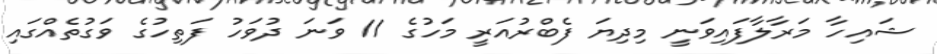
ޝައިހާ މަރާލާފައިވަނީ މިދިޔަ ފެބްރުއަރީ މަހުގެ 11 ވަނަ ދުވަހު ފަތިހުގެ ވަގުތެއްގައި